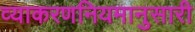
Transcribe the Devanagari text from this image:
व्याकरणनियमानुसारी